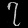
Digit: ၇